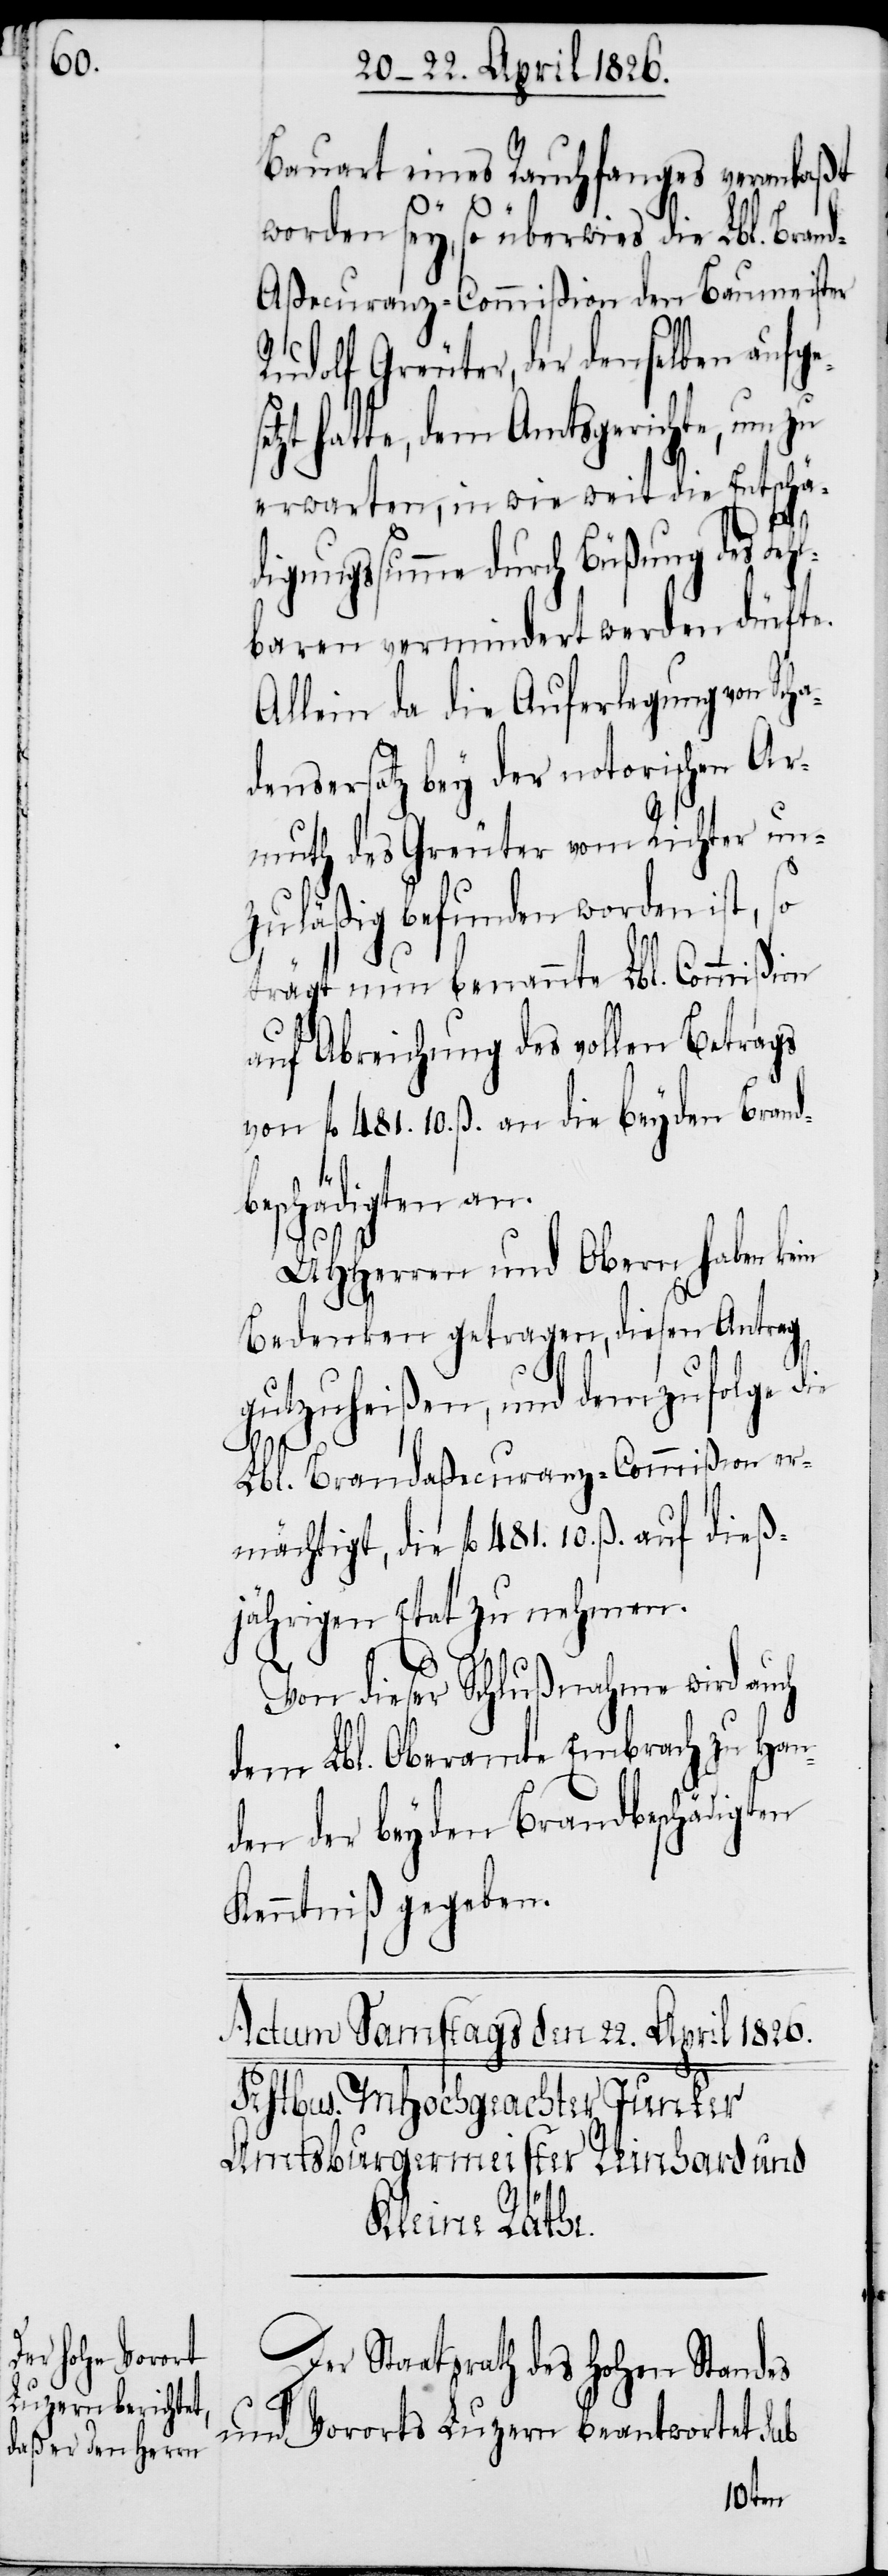
Bauart eines Rauchfanges veranlaßt
worden sey, so überwies die Lbl. Bran¬
d-Aßecuranz-Commißion den Baumeister
Rudolf Greuter, der denselben aufge¬
hatte, dem Amtsgerichte, um
erwarten, in wie weit die Entschä¬
setzt
digungssumme durch Büßung des Feh¬
lbaren vermindert werden dürfte.
Allein da die Auferlegung von Sch¬
adensersatz bey der notorischen Ar¬
muth des Greuter vom Richter un¬
zuläßig befunden worden ist,
trägt nun benannte Lbl. Commißion
auf Abreichung des vollen Betrags
von fl. 481. 10. ß. an die beyden Brand¬
schädigten an.
UHHerren und Obern haben kein
Bedenken getragen, diesen Antrag
gutzuheißen, und dem zufolge die
Lbl. Brandaßecuranz-Commißion er¬
mächtigt, die fl. 481. 10. ß. auf dieß¬
jährigen Etat zu nehmen.
Von dieser Schlußnahme wird auch
dem Lbl. Oberamte Embrach zu Han¬
den der beyden Brandbeschädigten
Kenntniß gegeben.
Der Staatsrath des hohen Standes
be¬
und Vororts Luzern beantwortet sub